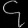
Digit: ၄